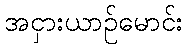
အငှားယာဉ်မောင်း